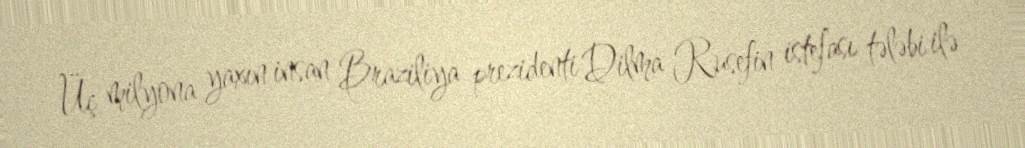
Üç milyona yaxın insan Braziliya prezidenti Dilma Rusefin istefası tələbi ilə